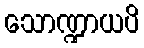
သောဏ္ဍာယပိ